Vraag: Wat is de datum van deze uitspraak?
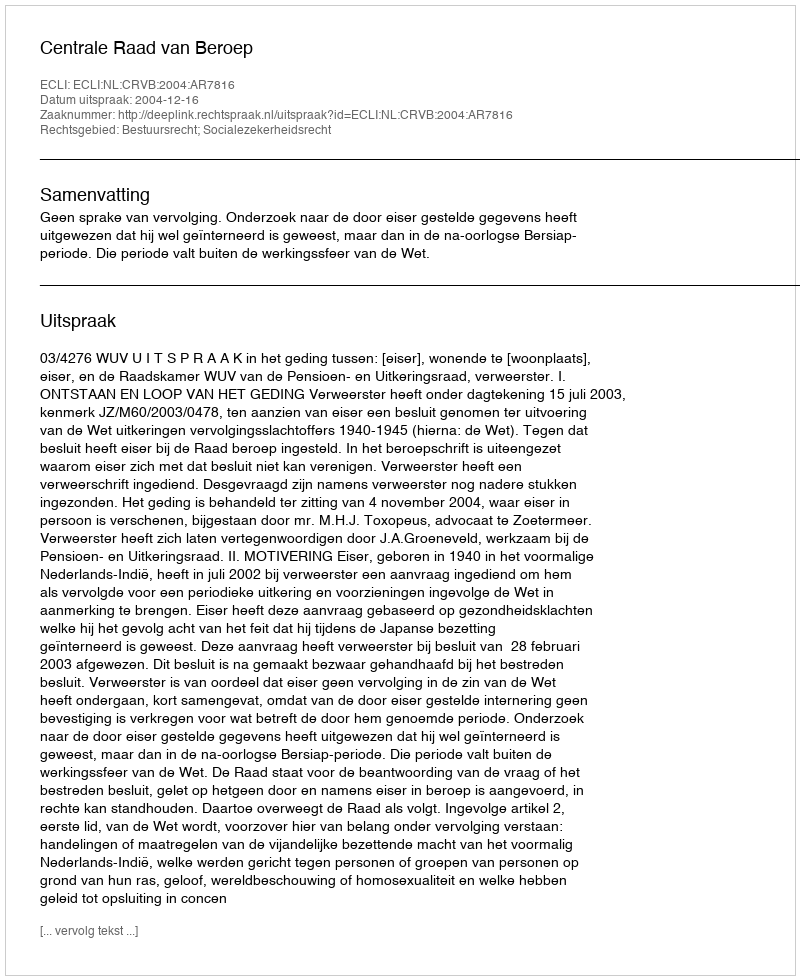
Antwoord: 2004-12-16